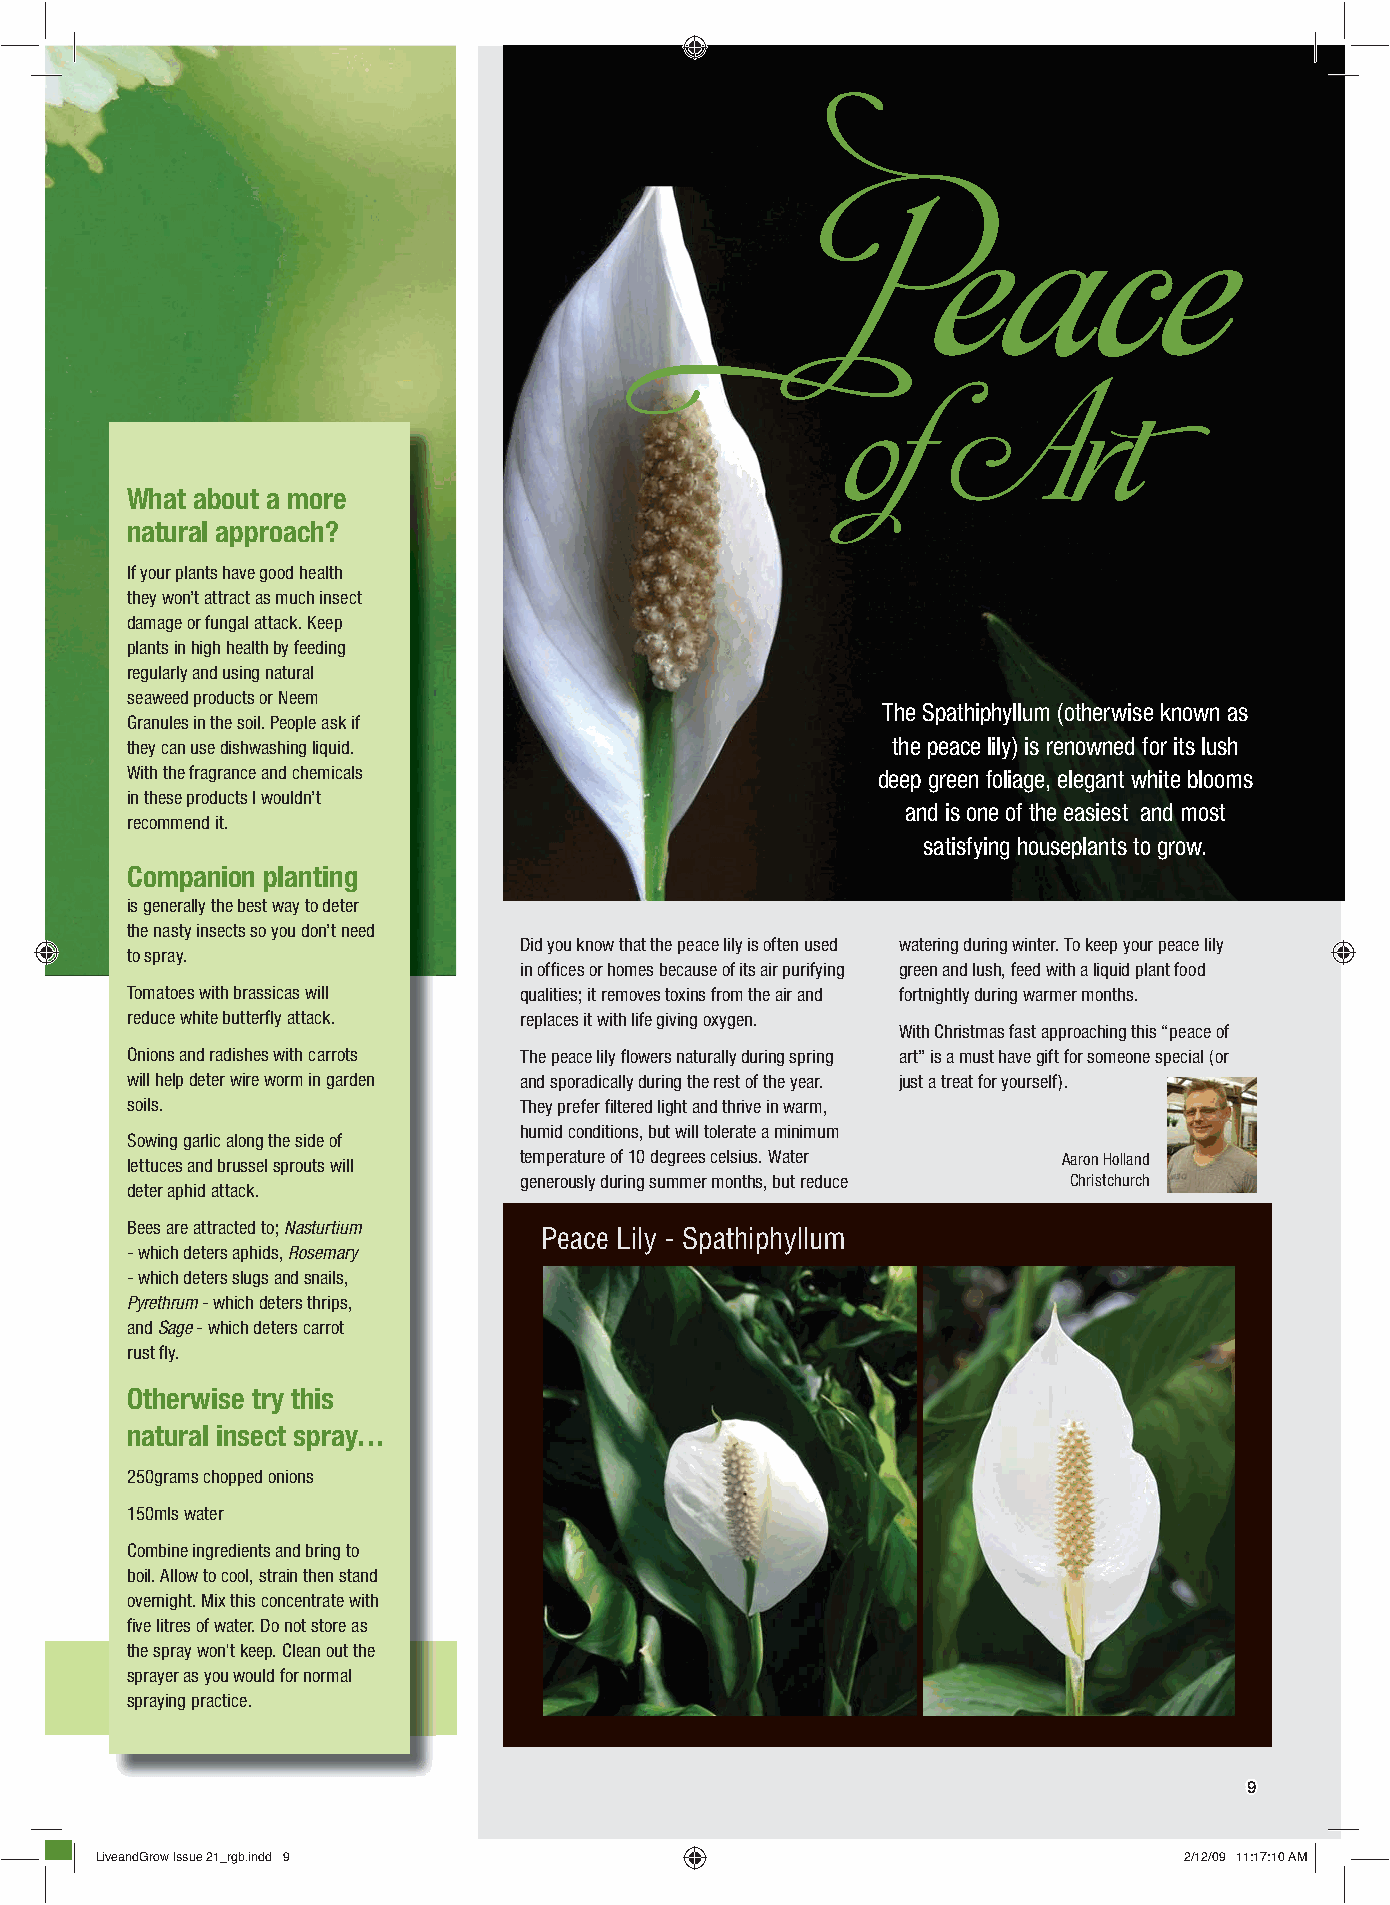
Peace
 of     Art
 What about a more
 natural approach?
 If your plants have good health
 they won’t attract as much insect
 damage or fungal attack. Keep
 plants in high health by feeding
 regularly and using natural
 seaweed products or Neem
 The Spathiphyllum (otherwise known as
 Granules in the soil. People ask if
 they can use dishwashing liquid.                   the peace lily) is renowned for its lush
 With the fragrance and chemicals                  deep green foliage, elegant white blooms
 in these products I wouldn’t
 and is one of the easiest and most
 recommend it.
 satisfying houseplants to grow.
 Companion planting
 is generally the best way to deter
 the nasty insects so you don’t need
 Did you know that the peace lily is often used watering during winter. To keep your peace lily
 to spray.
 in offi ces or homes because of its air purifying green and lush, feed with a liquid plant food
 Tomatoes with brassicas will qualities; it removes toxins from the air and fortnightly during warmer months.
 reduce white butterfl y attack. replaces it with life giving oxygen.
 With Christmas fast approaching this “peace of
 Onions and radishes with carrots The peace lily fl owers naturally during spring art” is a must have gift for someone special (or
 will help deter wire worm in garden and sporadically during the rest of the year. just a treat for yourself).
 soils.                    They prefer fi ltered light and thrive in warm,
 humid conditions, but will tolerate a minimum
 Sowing garlic along the side of
 lettuces and brussel sprouts will temperature of 10 degrees celsius. Water Aaron Holland
 generously during summer months, but reduce Christchurch
 deter aphid attack.
 Bees are attracted to; Nasturtium
 Peace Lily - Spathiphyllum
 - which deters aphids, Rosemary
 - which deters slugs and snails,
 Pyrethrum - which deters thrips,
 Peace Lily
 and Sage - which deters carrot
 rust fl y.
 Otherwise try this
 natural insect spray…
 250grams chopped onions
 150mls water
 Combine ingredients and bring to
 boil. Allow to cool, strain then stand
 overnight. Mix this concentrate with
 fi ve litres of water. Do not store as
 the spray won't keep. Clean out the
 sprayer as you would for normal
 spraying practice.
 99
 LLiivveeaannddGGrrooww IIssssuuee 2211__rrggbb..iinndddd 99             22//1122//0099 1111::1177::1100 AAMM